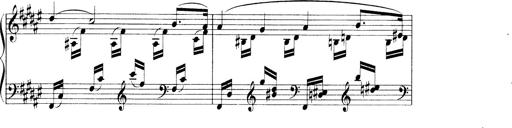
Title: 3 Ã‰tudes de concert
Composer: Franz Liszt